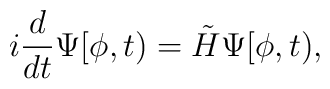
i\frac{d}{dt}\Psi[\phi,t)=\tilde{H}\Psi[\phi,t) ,